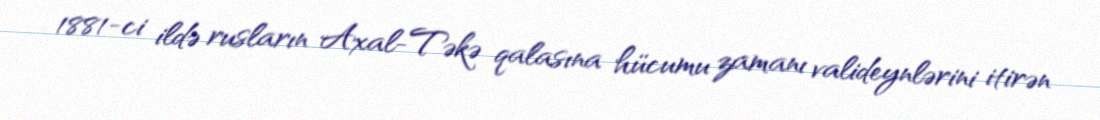
1881-ci ildə rusların Axal-Təkə qalasına hücumu zamanı valideynlərini itirən